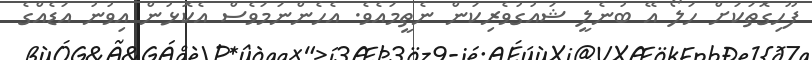
ފޫހިގޮތަކަށް ހަލޯ އޭ ބުނެލީ ޝައުގުވެރިކަން ނެތީމައެވެ. އެހެންނަމަވެސް އެކޮޅުން އިވުނު އަޑެއްގެ